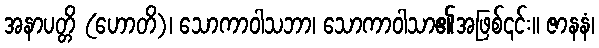
အနာပတ္တိ (ဟောတိ)၊ သောကာဝါသဘာ၊ သောကာဝါသာ၏အဖြစ်၎င်း။ ဇာနနံ၊